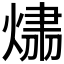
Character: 𤌂